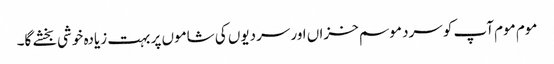
موم موم آپ کو سرد موسم خزاں اور سردیوں کی شاموں پر بہت زیادہ خوشی بخشے گا۔